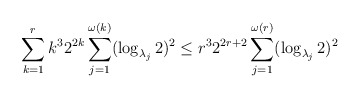
\begin{align*} \sum_{k=1}^r k^3 2^{2k} \sum_{j=1}^{\omega(k)} (\log_{\lambda_j} 2)^2 \leq r^3 2^{2r+2} \sum_{j=1}^{\omega(r)} (\log_{\lambda_j} 2)^2 \end{align*}